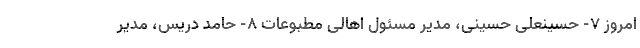
امروز ۷- حسینعلی حسینی، مدیر مسئول اهالی مطبوعات ۸- حامد دریس، مدیر